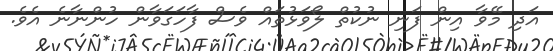
އަދި މޭވާ އިން ފަނި ނުކުތް ލޯވަޅުތައް ވެސް ފާހަގަވާން ހުންނާނެ އެވެ.